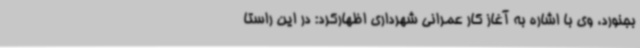
بجنورد، وی با اشاره به آغاز کار عمرانی شهرداری اظهارکرد: در این راستا